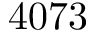
4 0 7 3